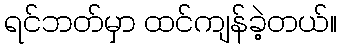
ရင်ဘတ်မှာ ထင်ကျန်ခဲ့တယ်။